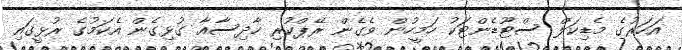
އަހަރުގެ މެޑިކަލް ސްޓޫޑެންޓަކު ހަމީހުން ވެގެން ރޭޕްކުރި ހާދިސާއާ ގުޅިގެން އެކަމުގެ ރުޅީގައި